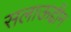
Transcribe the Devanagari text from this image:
सलाऊद्दीन